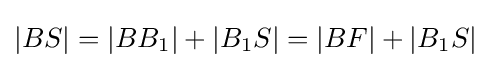
|BS|=|BB_{1}|+|B_{1}S|=|BF|+|B_{1}S|